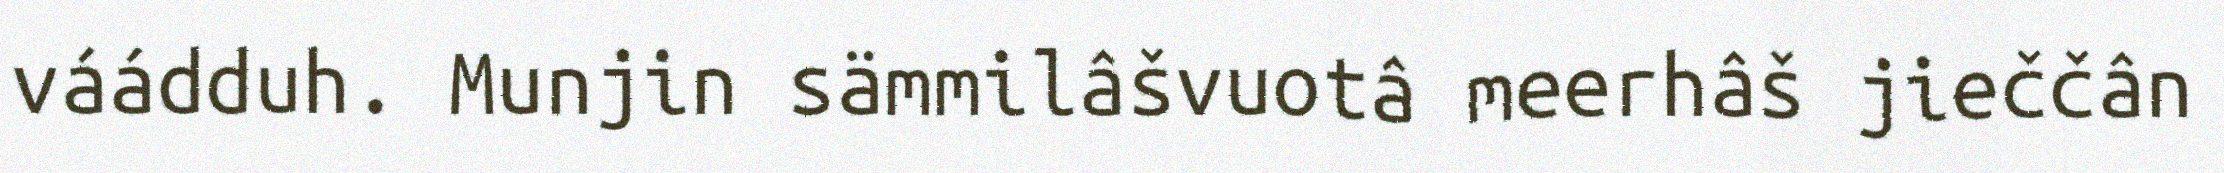
váádduh. Munjin sämmilâšvuotâ meerhâš jieččân